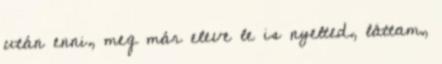
után enni, meg már eleve le is nyelted, láttam,